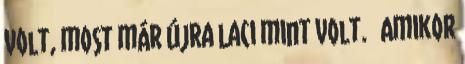
volt, most már újra Laci mint volt. 🙂 Amikor